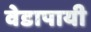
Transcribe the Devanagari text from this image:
वेडापायी